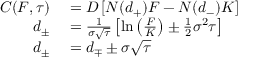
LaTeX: \begin{array} { r l } { C ( F , \tau ) } & { { } = D \left[ N ( d _ { + } ) F - N ( d _ { - } ) K \right] } \\ { d _ { \pm } } & { { } = { \frac { 1 } { \sigma { \sqrt { \tau } } } } \left[ \ln \left( { \frac { F } { K } } \right) \pm { \frac { 1 } { 2 } } \sigma ^ { 2 } \tau \right] } \\ { d _ { \pm } } & { { } = d _ { \mp } \pm \sigma { \sqrt { \tau } } } \end{array}